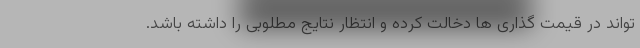
تواند در قیمت گذاری ها دخالت کرده و انتظار نتایج مطلوبی را داشته باشد.